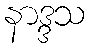
နာဒ္ဒသ